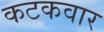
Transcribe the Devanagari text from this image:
कटकवार